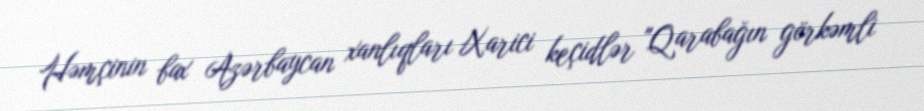
Həmçinin bax Azərbaycan xanlıqları Xarici keçidlər "Qarabağın görkəmli